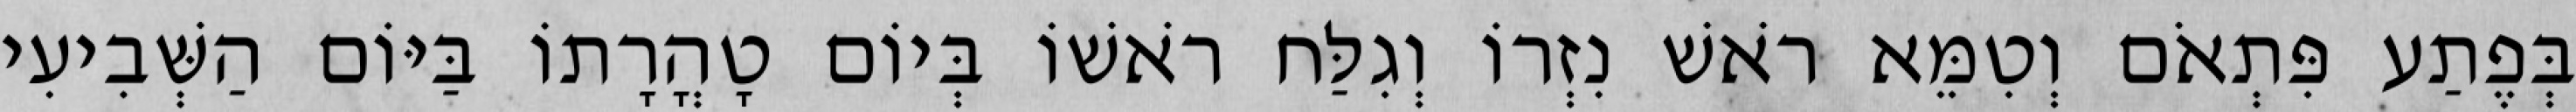
בְּפֶתַע פִּתְאֹם וְטִמֵּא רֹאשׁ נִזְרוֹ וְגִלַּח רֹאשׁוֹ בְּיוֹם טָהֳרָתוֹ בַּיּוֹם הַשְּׁבִיעִי